Report of an investigation into the causes of the diseases known in Assam as Kála-Azár and Beri-Beri
Disease focus: Beri-Beri
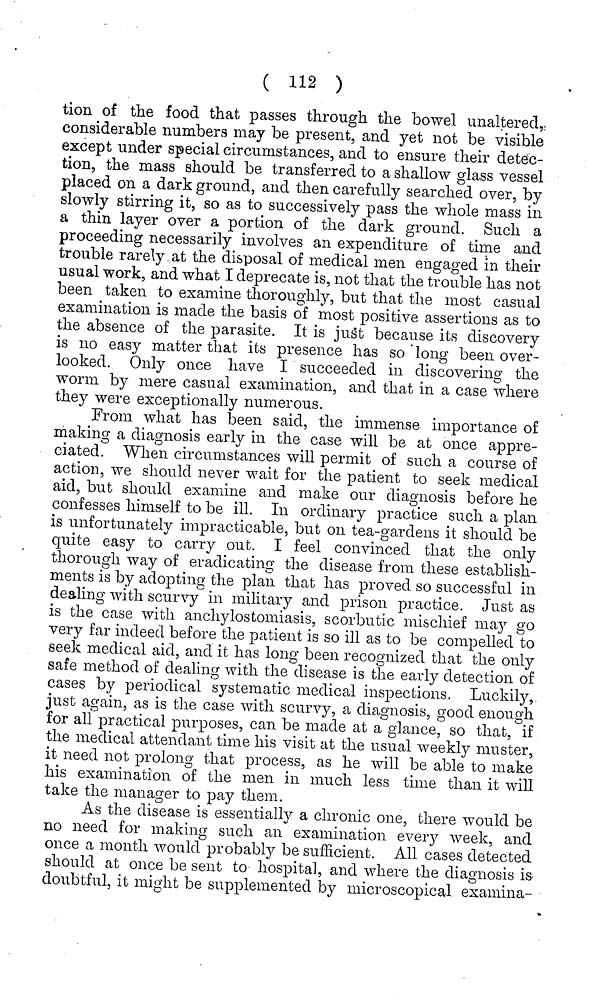
( 112 )
tion of the food that passes through the bowel unaltered,
considerable numbers may be present, and yet not be visible
except under special circumstances, and to ensure their detec-
tion, the mass should be transferred to a shallow glass vessel
placed on a dark ground, and then carefully searched over, by
slowly stirring it, so as to successively pass the whole mass in
a thin layer over a portion of the dark ground. Such a
proceeding necessarily involves an expenditure of time and
trouble rarely at the disposal of medical men engaged in their
usual work, and what I deprecate is, not that the trouble has not
been taken to examine thoroughly, but that the most casual
examination is made the basis of most positive assertions as to
the absence of the parasite. It is just because its discovery
is no easy matter that its presence has so long been over-
looked. Only once have I succeeded in discovering the
worm by mere casual examination, and that in a case where
they were exceptionally numerous.
From what has been said, the immense importance of
making a diagnosis early in the case will be at once appre-
ciated. When circumstances will permit of such a course of
action, we should never wait for the patient to seek medical
aid, but should examine and make our diagnosis before he
confesses himself to be ill. In ordinary practice such a plan
is unfortunately impracticable, but 011 tea-gardens it should be
quite easy to carry out. I feel convinced that the only
thorough way of eradicating the disease from these establish-
ments is by adopting the plan that has proved so successful in
dealing with scurvy in military and prison practice. Just as
is the case with anchylostomiasis, scorbutic mischief may go
very far indeed before the patient is so ill as to be compelled to
seek medical aid, and it has long been recognized that the only
safe method of dealing with the disease is the early detection of
cases by periodical systematic medical inspections. Luckily,
just again, as is the case with scurvy, a diagnosis, good enough
for all practical purposes, can be made at a glance, so that, if
the medical attendant time his visit at the usual weekly muster,
it need not prolong that process, as he will be able to make
his examination of the men in much less time than it will
take the manager to pay them.
As the disease is essentially a chronic one, there would be
no need for making such an examination every week, and
once a month would probably be sufficient. All cases detected
should at once be sent to hospital, and where the diagnosis is
doubtful, it might be supplemented by microscopical examina-